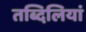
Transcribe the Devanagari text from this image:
तब्दिलियां